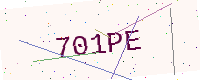
Text: 701PE